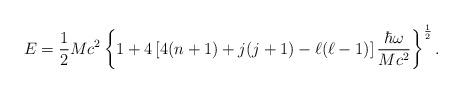
LaTeX: \begin{align*}E=\frac{1}{2}Mc^2\left\{1+4\left[4(n+1)+j(j+1)-\ell(\ell-1)\right]\frac{\hbar\omega}{Mc^2}\right\}^{\frac{1}{2}}.\end{align*}